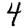
Digit: 4